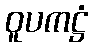
ဝူပကဋ္ဌံ